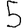
Digit: 5